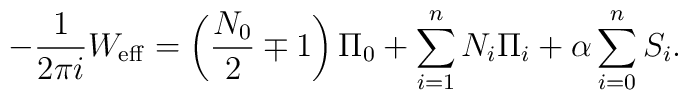
-\frac{1}{2\pi i}W_{{\rm eff}}=\left(\frac{N_0}{2}\mp1\right)\Pi_0+\sum_{i=1}^{n}N_i\Pi_i+\alpha\sum_{i=0}^{n}S_i.